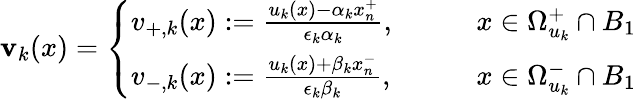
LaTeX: \mathbf{v}_{k}(x)=\left\{ \begin{array}{ll}{v_{+,k}(x):=\frac{u_{k}(x)-\alpha_{k}x_{n}^{+}}{\epsilon_{k}\alpha_{k}},\qquad}&{x\in\Omega_{u_{k}}^{+}\cap B_{1}}\\ {v_{-,k}(x):=\frac{u_{k}(x)+\beta_{k}x_{n}^{-}}{\epsilon_{k}\beta_{k}},\qquad}&{x\in\Omega_{u_{k}}^{-}\cap B_{1}}\end{array}\right.